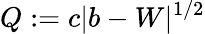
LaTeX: Q:=c\lvert{b-W}\rvert^{1/2}